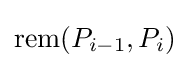
\operatorname {rem} (P_{i-1},P_{i})